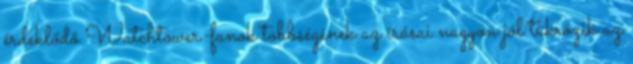
érdeklődő Watchtower-fanok többségének az írásai nagyon jól tükrözik az